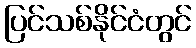
ပြင်သစ်နိုင်ငံတွင်